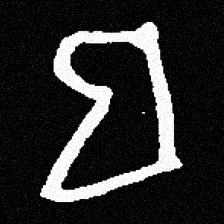
Pyu character \u2014 Myanmar letter: ဗ (romanized: ba)